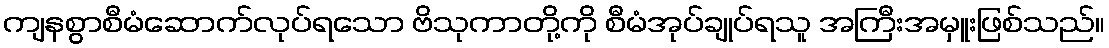
ကျနစွာစီမံဆောက်လုပ်ရသော ဗိသုကာတို့ကို စီမံအုပ်ချုပ်ရသူ အကြီးအမှူးဖြစ်သည်။